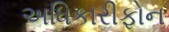
અધિકારીફોન